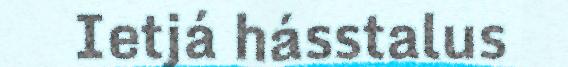
Ietjá hásstalus